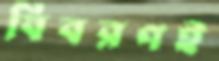
বিবরণই